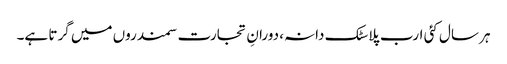
ہر سال کئی ارب پلاسٹک دانہ، دورانِ تجارت سمندروں میں گرتا ہے۔